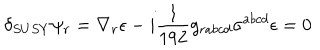
\delta _ { S U S Y } \psi _ { r } = \nabla _ { r } \epsilon - i { \frac { 1 } { 1 9 2 } } g _ { r a b c d } \sigma ^ { a b c d } \epsilon = 0